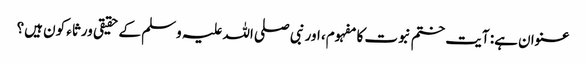
عنوان ہے: آیت ختم نبوت کا مفہوم، اور نبی صلی اللہ علیہ وسلم کے حقیقی ورثاء کون ہیں؟